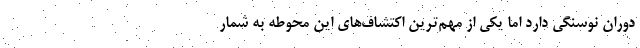
دوران نوسنگی دارد اما یکی از مهم‌ترین اکتشاف‌های این محوطه به شمار